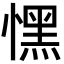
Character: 𢡀